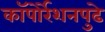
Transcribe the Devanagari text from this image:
कॉपोर्रेशनपुढे